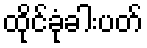
ထိုင်ခုံခါးပတ်